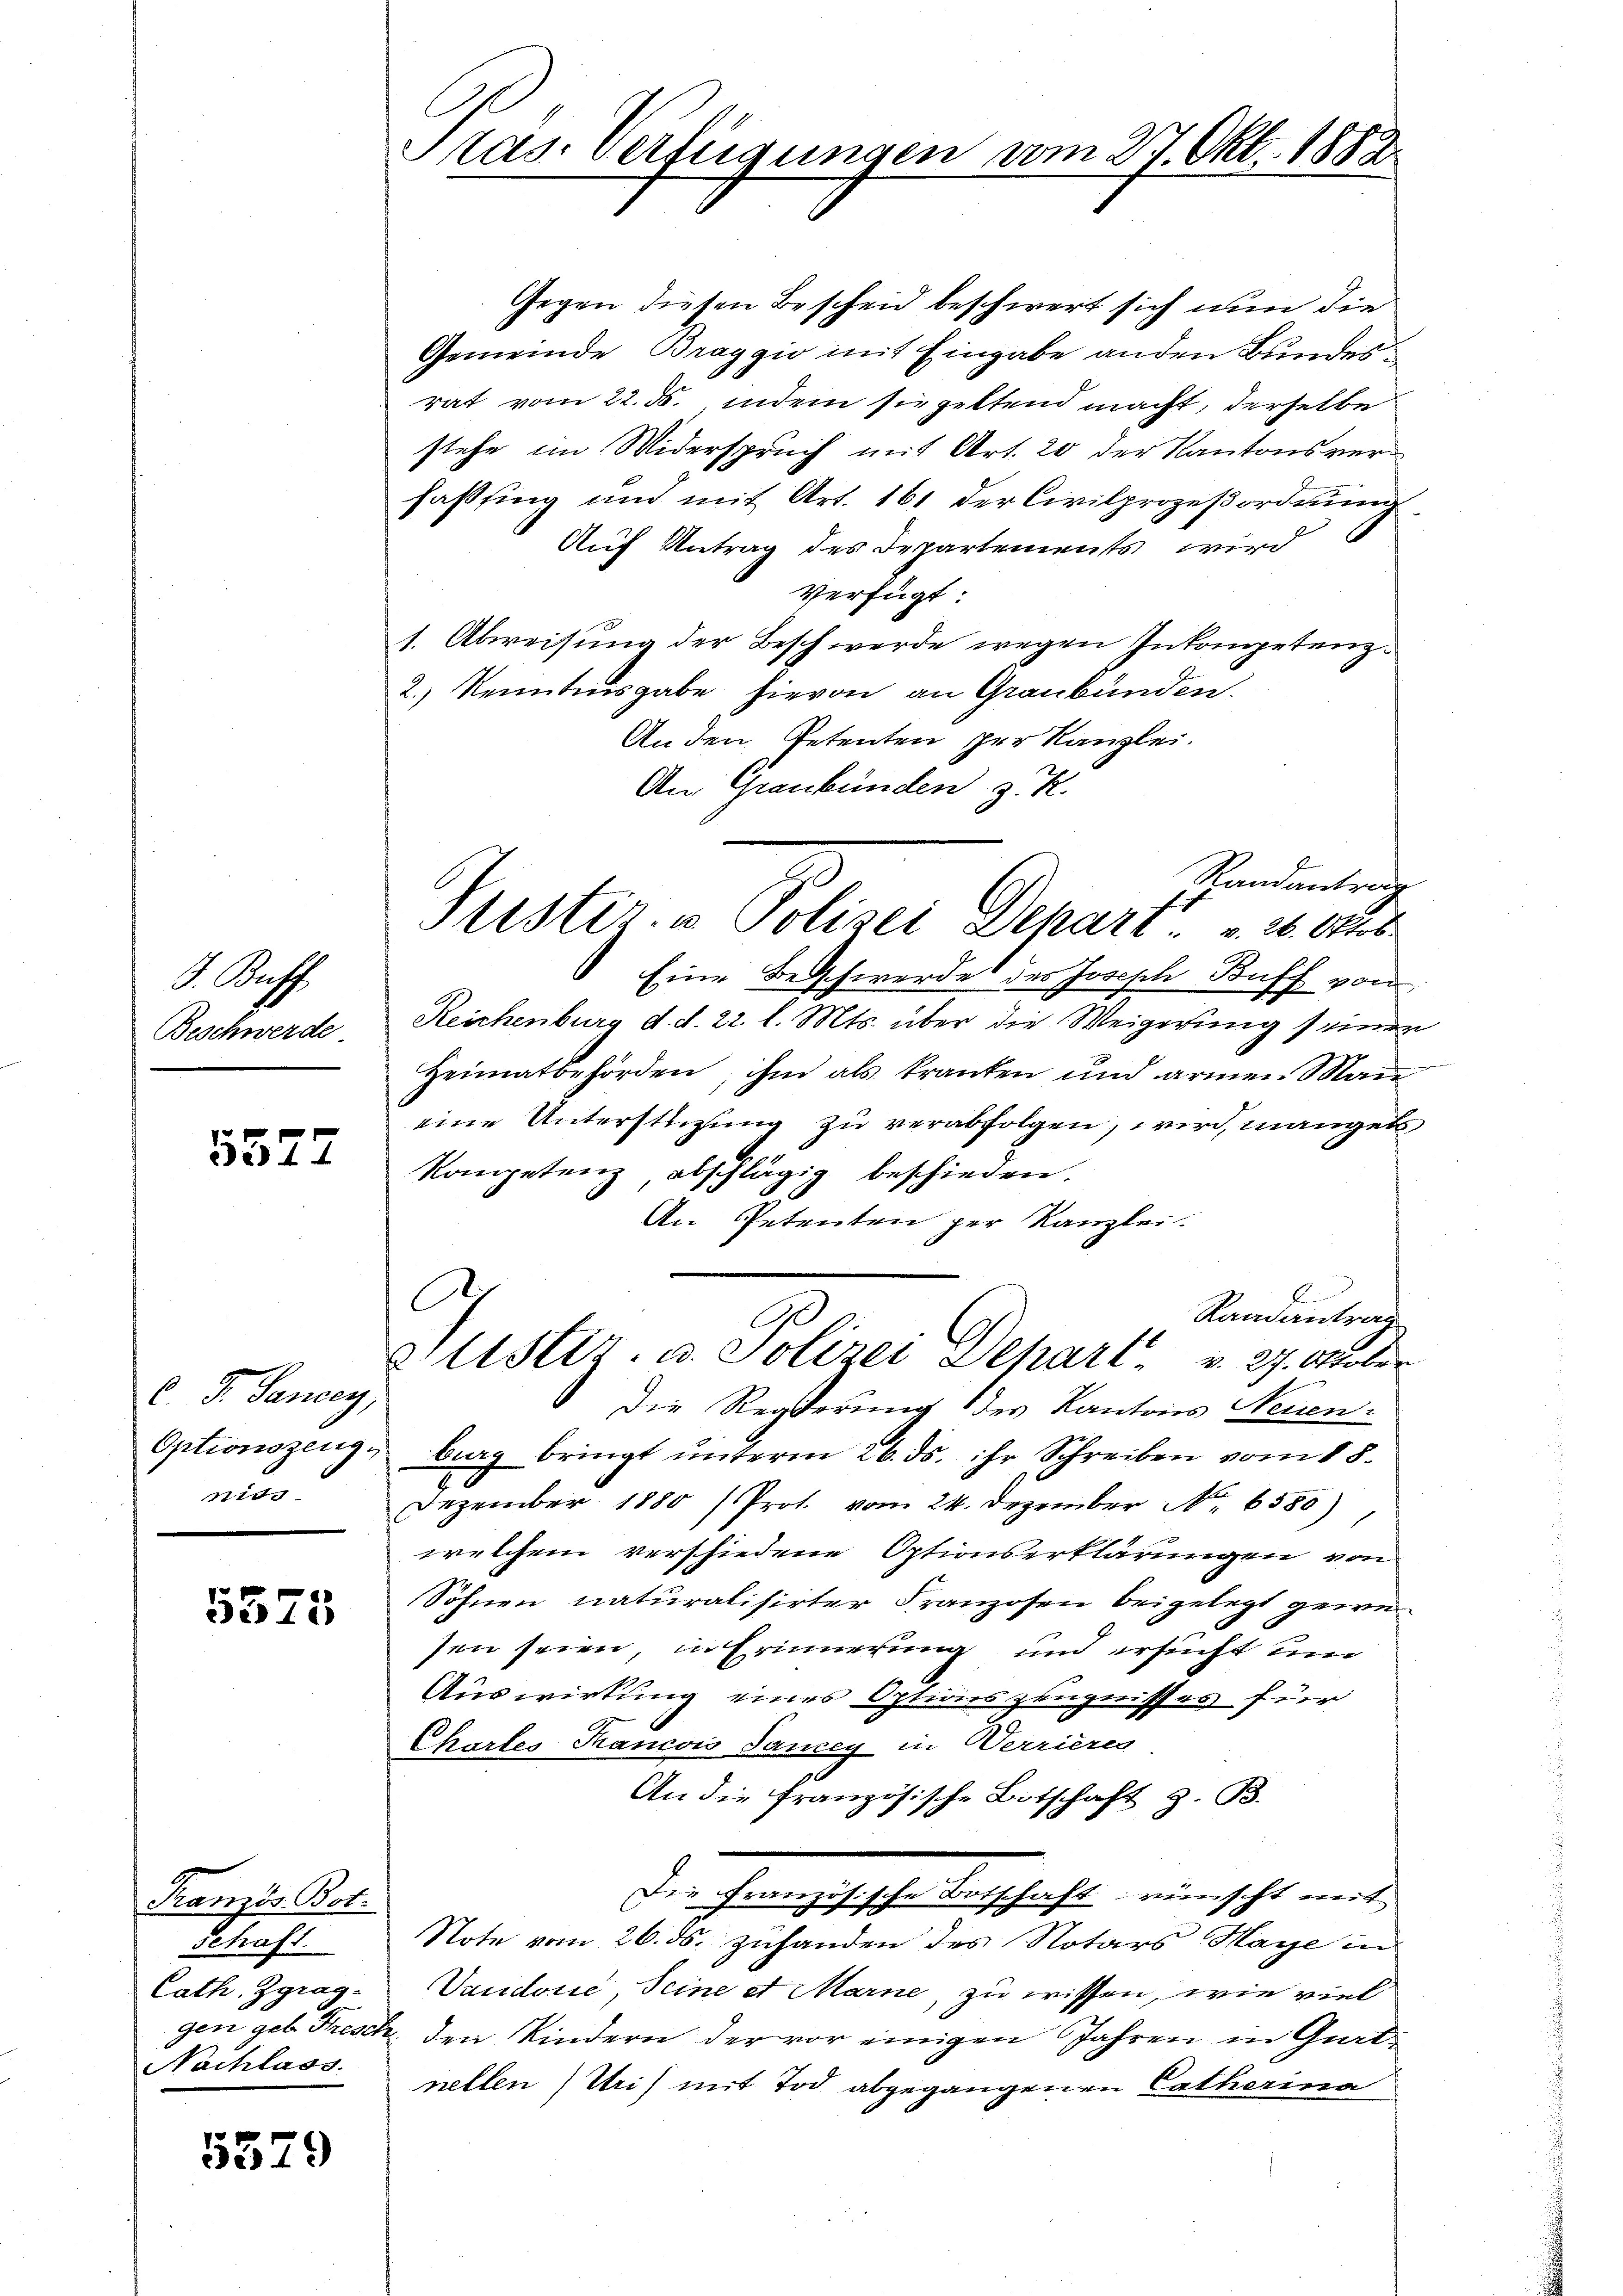
J. Buff
Beschwerde.

5577

d. G. Sancey,
nids

5575

Französ. Bot.
Schaft.
Cath. Zgrag¬
Nachlass.

5579

Pras. Verfügungen vom 27. Okt. 1882

Gegen diesen Bescheid beschwert sich nun die
Gemeinde Braggio mit Eingabe anden Bundes
rat vom 22. ds., indem sie geltend macht, derselbe
stehe im Widerspruch mit Art. 20 der Kantonsverfasling und mit Art. 161 der Civilprozeßordnŭng
Auf Antrag des Departements wird
Verfügt:
s. Abweisung der Beschwerde wegen Inkompetenz¬
2.) Kenntnisgabe hievon an Graubünden.
An den Petenten per Kanzlei.
An Graubünden z. R.
Eine Beschwerde des Joseph Buff von
Reichenburg d. d. 22. l. Mts. über die Weigerung seinen
Heimatbehörden, ihm als kranken und armen Man
eine Unterstüzung zu verabfolgen, wird, mangels
Kompetenz abschlägig beschieden.
An Petenten per Kanzlei.
C
Raadantrag
9
Altstiz- u. Polizei Separt v. 27. Oktober
Die Regierung des Kantons Neuen-
Optionszeug, burg bringt ŭnterm 26. ds. ihr Schreiben vom 18.
Dezember 1880 (Prot. vom 24. Dezember Nr. 6580)
welchem verschiedene Optionserklärungen von
Söhnen naturalisirter Franzosen beigelegt gewesen seien, in Erinnerung und ersucht um
Auswirkung eines Optionszeugnisses für
Chartes Kancois Sancey in Werrieres
An die französische Botschaft z. B.
Der chranzösischen Verschrift wünscht mit
Note vom 26. ds. zuhanden des Notars Haye in
Vaudonie, Seine et Marne, zu wissen, wie viel
gen geb. Frisch den Kindern der vor einigen Jahren in Gratnellen (Uri) mit Tod abgegangenen Catharina

Randantrag
Justiz- & Polizei Depart. v. 2. Oktb

e